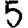
Digit: 5